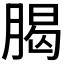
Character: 𣎅